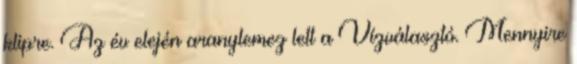
klipre. Az év elején aranylemez lett a Vízválasztó. Mennyire